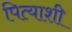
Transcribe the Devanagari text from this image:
पित्याशी